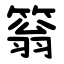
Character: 䈵